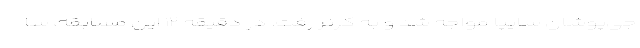
جی‌پوشان سایپا مواجه شد و به کرنر رفت. در دقیقه ۱۲ این مسابقه، سا